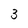
Character: 3